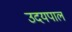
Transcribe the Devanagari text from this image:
उदयपाल